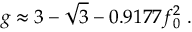
g \approx 3 - \sqrt 3 - 0 . 9 1 7 7 f _ { 0 } ^ { 2 } \; .